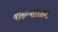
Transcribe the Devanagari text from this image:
वक्तव्यांसाठी